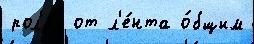
рол'ях от л'е́нта о́бщим